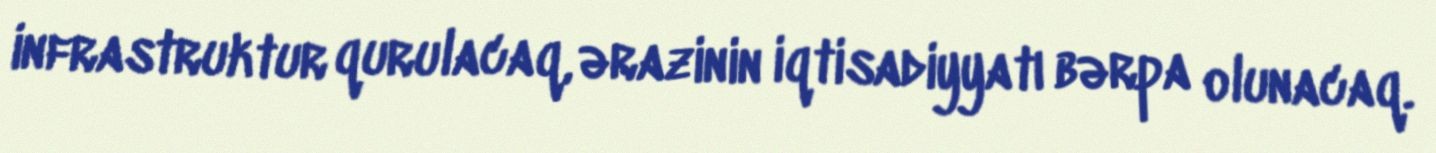
infrastruktur qurulacaq, ərazinin iqtisadiyyatı bərpa olunacaq.